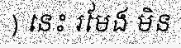
) នេះ រមែង មិន